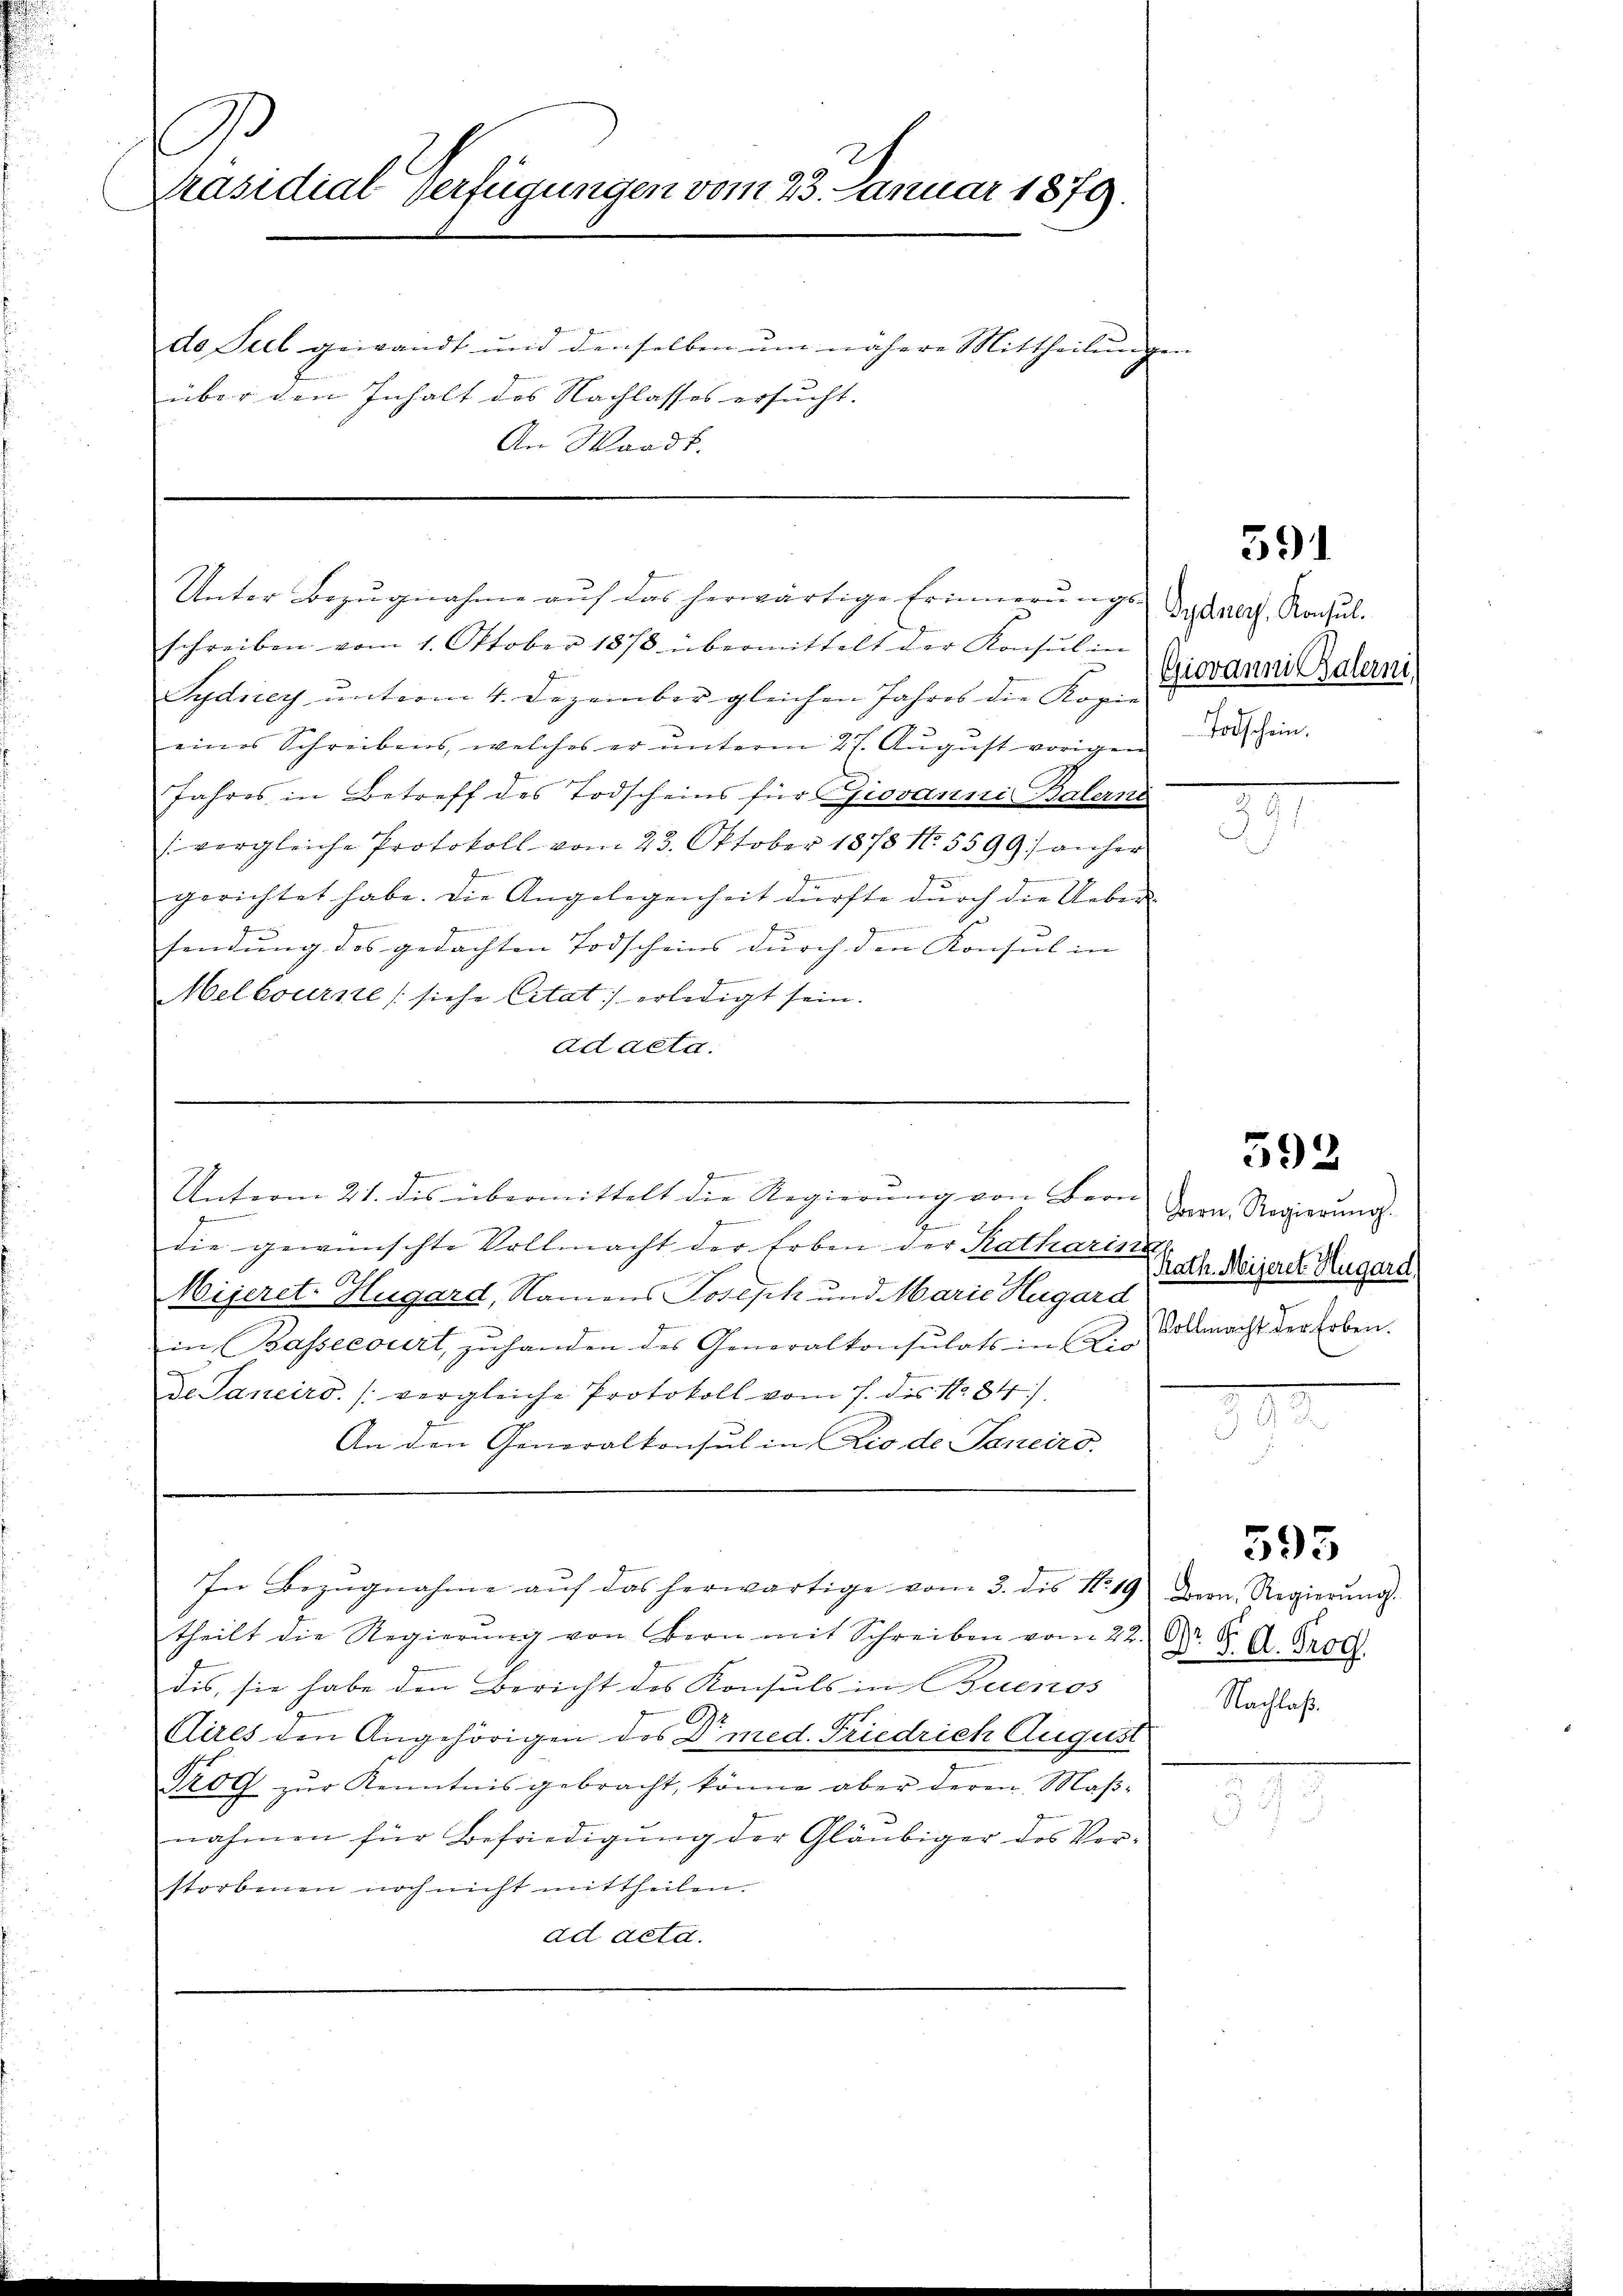
1
2
Präsidial Verfügungen vom 23. Januar 1879.

de Teil gewandt und denselben um nähere Mittheilungen
über den Inhalt des Nachlasses ersucht.
An Waadt.

schreiben vom 1. Oktober 1878 übermittelt der Konsul in
Sydirey unterm 4. Dezember gleichen Jahres die Kopie
eines Schreibens, welches er unterm 27. August vorigen
Jahres in Betreff des Todscheins für Giovanni Balerne
(vergleiche Protokoll vom 23. Oktober 1878 No. 5599) anher
F
gerichtet habe. Die Angelegenheit dürfte durch die Ueber-
sendung des gedachten Todscheins durch den Konsul in |
f
Melbourne siche Citat) erledigt sein.
ad acta.

Unter Bezugnahme auf das herwärtige Erinnerungs-

Genannten anderen
e
die gewünschte Vollmacht der Erben der Katharina
Wijeret-Hugard, Namens Joseph und Marie Hugard
in Bassecourt, zuhanden des Generalkonsulats in Kir
de Janeiro (vergleiche Protokoll vom 7. des No 84)
An den Generalkonsul in Lio de Janeiro
In Bezŭgnahme aŭf das herwärtige vom 3. des No 19. Dern. Regierŭng.
theilt die Regierŭng von Bern mit Schreiben vom 22.
dis, sie habe den Bericht des Konsuls in Buenos
Cires den Angehörigen des Dr. med. Friedrich August
Trog zŭr Kenntnis gebracht, könne aber deren Maβ-
nahmen für Befriedigŭng der Gläubiger des Ver-
storbenen noch nicht mittheilen.
ad acta.

J
 wie er die
Unterm 21. des übermittelt die Regierung von Bern

Gydners. Konsul.
Giovanni Balerni
Todschein.

591

592

Bern, Regierŭng.
Rath. Mijeret. Hugard,
Vollmacht der Erben.

595

Dr. K. A. Prof.
Nachlaß.